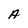
Character: A